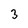
Character: 3